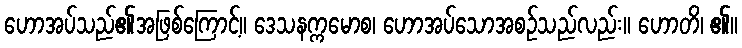
ဟောအပ်သည်၏အဖြစ်ကြောင့်။ ဒေသနက္ကမောစ၊ ဟောအပ်သောအစဉ်သည်လည်း။ ဟောတိ၊ ၏။